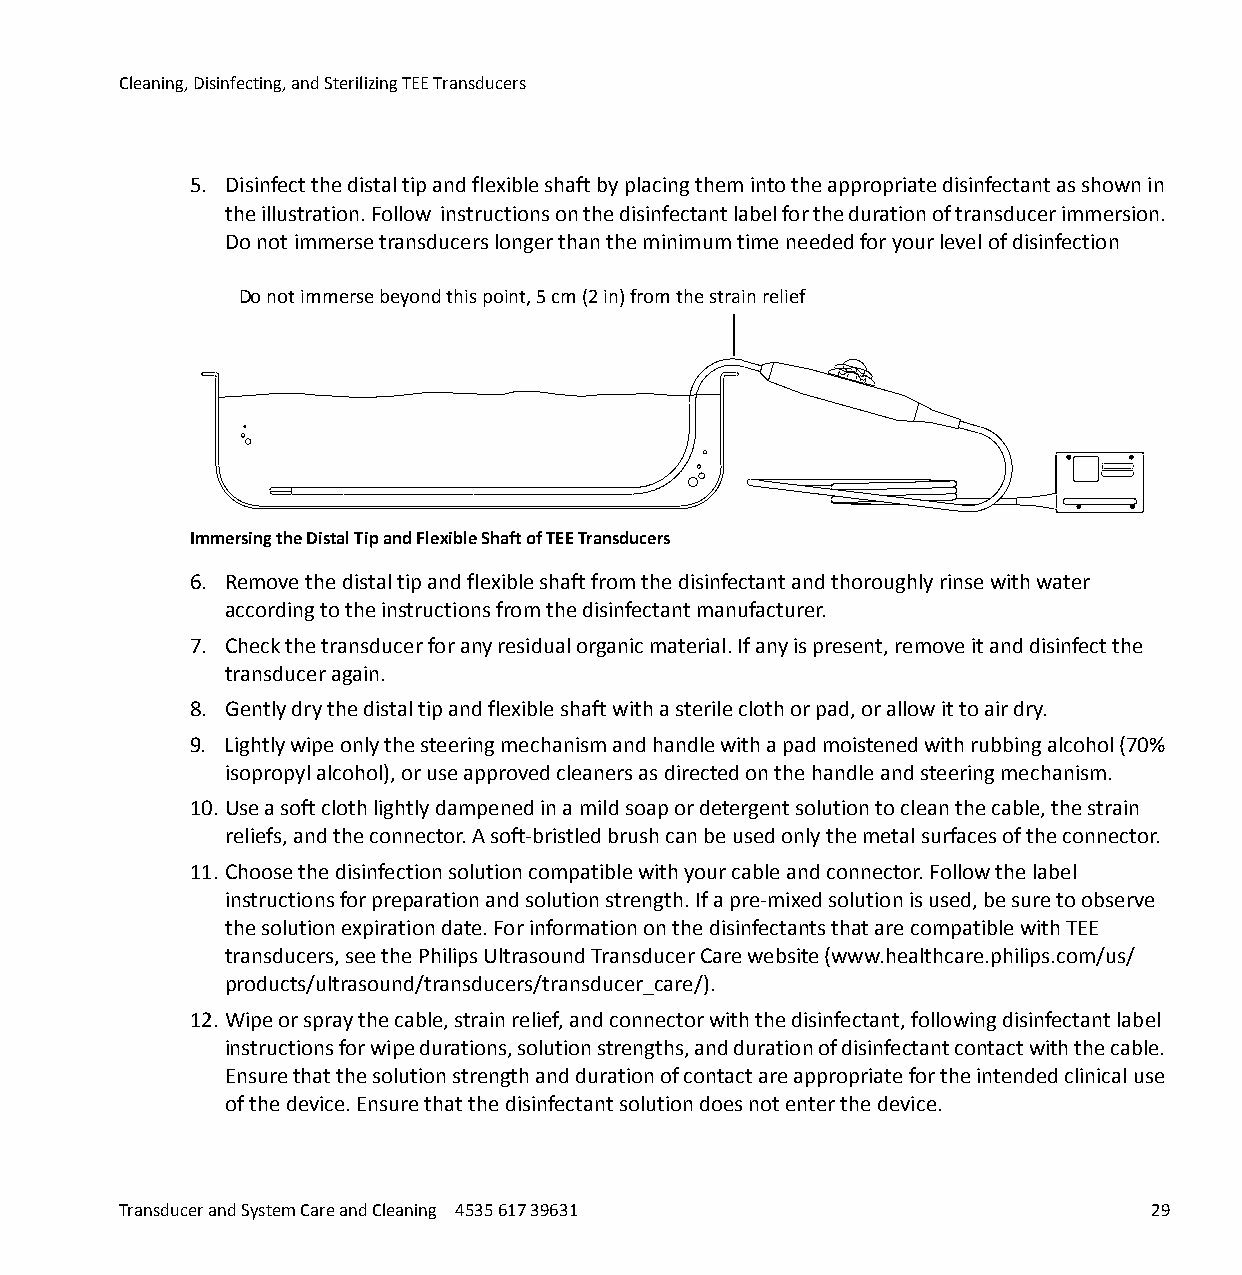
Cleaning, Disinfecting, and Sterilizing TEE Transducers
 5. Disinfect the distal tip and flexible shaft by placing them into the appropriate disinfectant as shown in
 the illustration. Follow instructions on the disinfectant label for the duration of transducer immersion.
 Do not immerse transducers longer than the minimum time needed for your level of disinfection
 Do not immerse beyond this point, 5 cm (2 in) from the strain relief
 Immersing the Distal Tip and Flexible Shaft of TEE Transducers  0
 6. Remove the distal tip and flexible shaft from the disinfectant and thoroughly rinse with water
 according to the instructions from the disinfectant manufacturer.
 7. Check the transducer for any residual organic material. If any is present, remove it and disinfect the
 transducer again.
 8. Gently dry the distal tip and flexible shaft with a sterile cloth or pad, or allow it to air dry.
 9. Lightly wipe only the steering mechanism and handle with a pad moistened with rubbing alcohol (70%
 isopropyl alcohol), or use approved cleaners as directed on the handle and steering mechanism.
 10. Use a soft cloth lightly dampened in a mild soap or detergent solution to clean the cable, the strain
 reliefs, and the connector. A soft-bristled brush can be used only the metal surfaces of the connector.
 11. Choose the disinfection solution compatible with your cable and connector. Follow the label
 instructions for preparation and solution strength. If a pre-mixed solution is used, be sure to observe
 the solution expiration date. For information on the disinfectants that are compatible with TEE
 transducers, see the Philips Ultrasound Transducer Care website (www.healthcare.philips.com/us/
 products/ultrasound/transducers/transducer_care/).
 12. Wipe or spray the cable, strain relief, and connector with the disinfectant, following disinfectant label
 instructions for wipe durations, solution strengths, and duration of disinfectant contact with the cable.
 Ensure that the solution strength and duration of contact are appropriate for the intended clinical use
 of the device. Ensure that the disinfectant solution does not enter the device.
 Transducer and System Care and Cleaning 4535 617 39631              29
 erachtlaeH
 spilihP